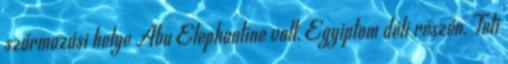
származási helye Abu Elephantine volt, Egyiptom déli részén. Teti